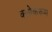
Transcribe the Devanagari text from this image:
क्लोकरूम